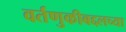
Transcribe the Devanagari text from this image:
वर्तणुकीबद्दलच्या